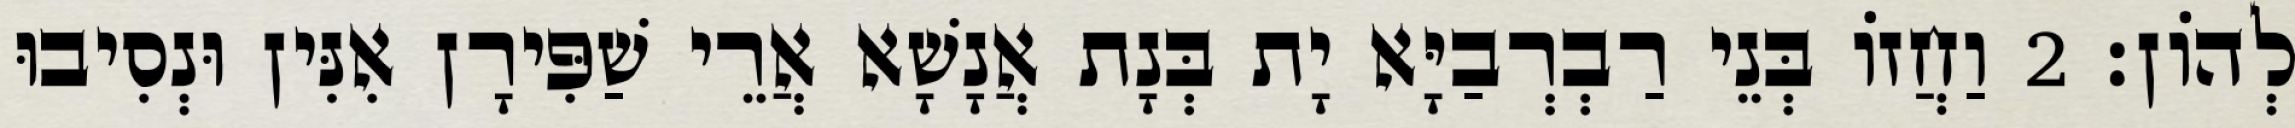
לְהוֹן׃ 2 וַחֲזוֹ בְּנֵי רַבְרְבַיָּא יָת בְּנָת אֲנָשָׁא אֲרֵי שַׁפִּירָן אִנִּין וּנְסִיבוּ